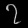
Digit: ၇